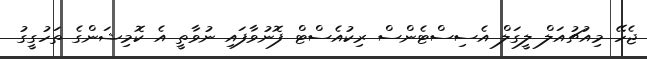
ޖެހޭ މިއުޗުއަލް ލީގަލް އެސިސްޓެންސް ރިކުއެސްޓް ފޮނުވާފައި ނުވާތީ އެ ކޮމިޝަންގެ ތަހުގީގު